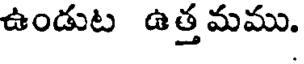
ఉండుట ఉత్తమము.